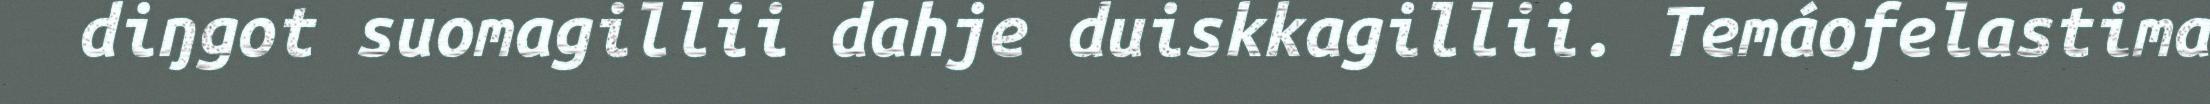
diŋgot suomagillii dahje duiskkagillii. Temáofelastima